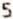
5